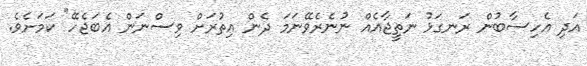
އަދި އެހިސާބުން ރަނގަޅު ނަތީޖާއެއް ނުނެރެވޭނަމަ ދެން އިތުރަށް ވިސްނަން އެބަޖެހޭ" ކަމަށެވެ.